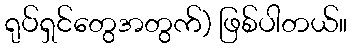
ရုပ်ရှင်တွေအတွက်) ဖြစ်ပါတယ်။